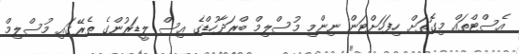
އެސްޓްތައް މިގޮތަށް ހިފަހަށްޓަން ނިންމި މުސްލިމް ބްރަދާހުޑްގެ އިސް ލީޑަރުންގެ ތެރޭގައި މުސްލިމް